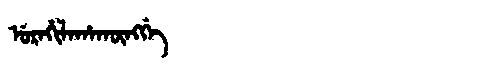
Manchu: ᡠᡵᠠᡥᡳᠯᠠᡥᠠᡴᡡᠩᡤᡝ
Romanization: URAHILAHAKŪNGGE